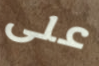
على